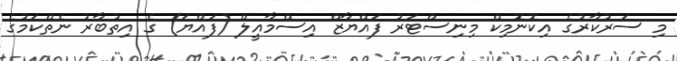
މި ސަރުކާރުގެ އިކޮނޮމިކް މިނިސްޓަރު ފައްޔާޒް އިސްމާއީލް (ފައްޔަ) ގެ އިތުބާރު ނެތްކަމުގެ